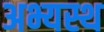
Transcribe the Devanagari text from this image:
अभ्यस्थ